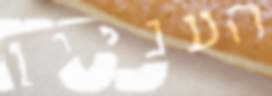
העניין